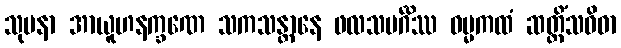
သုမနာ အာယူဟနက္ခဏေ သကသန္တာနေ ဖလသမင်္ဂိဿ ဓမ္မကထံ ဆတ္တိံသဝိဓာ